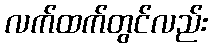
လက်ထက်တွင်လည်း